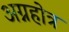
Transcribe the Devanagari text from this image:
अग्नहोत्र